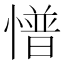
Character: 𢢏